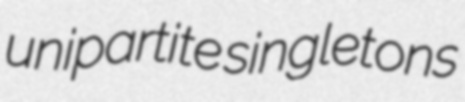
unipartite singletons